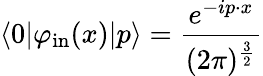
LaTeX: \langle 0|\varphi_{\mathrm{in}}(x)|p\rangle={\frac{e^{-ip\cdot x}}{(2\pi)^{\frac{3}{2}}}}